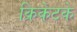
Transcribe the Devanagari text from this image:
क्रिकेटके